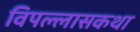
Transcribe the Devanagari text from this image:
विपल्लासकथा